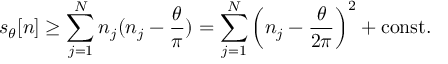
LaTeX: s _ { \theta } [ n ] \geq \sum _ { j = 1 } ^ { N } n _ { j } ( n _ { j } - \frac { \theta } { \pi } ) = \sum _ { j = 1 } ^ { N } \left( n _ { j } - \frac { \theta } { 2 \pi } \right) ^ { 2 } + \mathrm { c o n s t . }